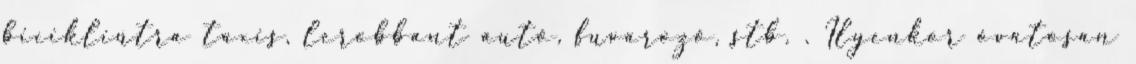
bicikliútra taxis, lerobbant autó, fuvarozó, stb. . Ilyenkor óvatosan